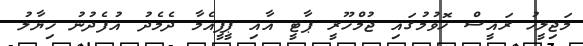
މަޖިލީހު ރައީސް ހޮވުމުގައި ޖުމްހޫރީ ޕާޓީ އާއި ޕީޕީއެމާ ދެމެދު އުފެދުނު ހިޔާލު